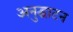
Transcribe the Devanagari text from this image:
अनुद्घाटन